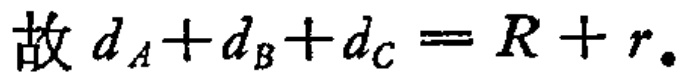
故 \(d_A + d_B + d_C = R + r.\)